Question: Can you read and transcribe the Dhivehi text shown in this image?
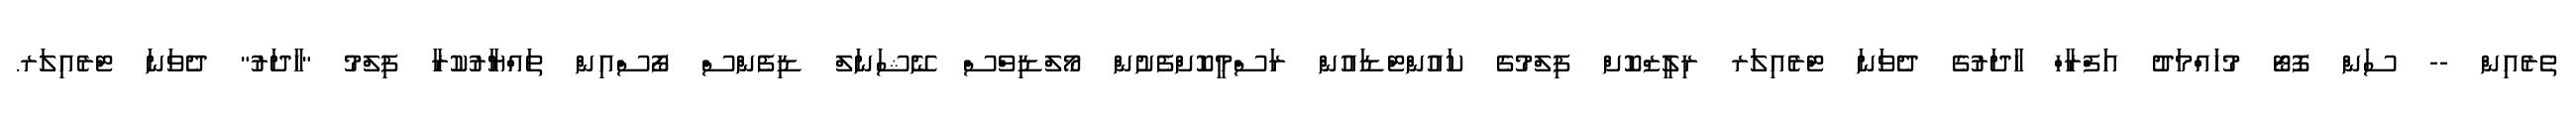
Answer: ތެރެއިން -- ސަން ފޮޓޯ މުހައްމަދު އަފްރާހް ހާދަރުގެ ދެވަނަ ޓްރެއިލަރ ރިލީޒްކޮށް ފިލްމުގެ ކައުންޓްޑައުން ރަސްމީކޮށްފެށުން މޯލްޑިވްސް ނޭޝަނަލް ޑިފެންސް ފޯސްއިން ތައްޔާރުކުރާ ފިލްމު "ހާދަރު" ދެވަނަ ޓްރެއިލަރ.